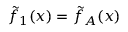
\tilde { f } _ { 1 } ( x ) = \tilde { f } _ { A } ( x )